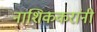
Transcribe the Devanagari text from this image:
नाशिककरांनी